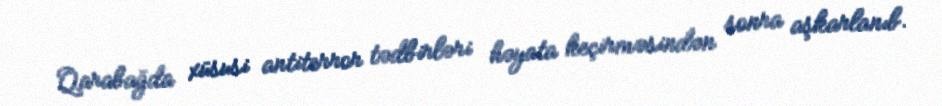
Qarabağda xüsusi antiterror tədbirləri həyata keçirməsindən sonra aşkarlanıb.